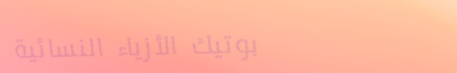
بوتيك الأزياء النسائية